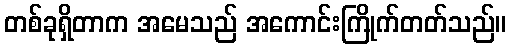
တစ်ခုရှိတာက အမေသည် အကောင်းကြိုက်တတ်သည်။